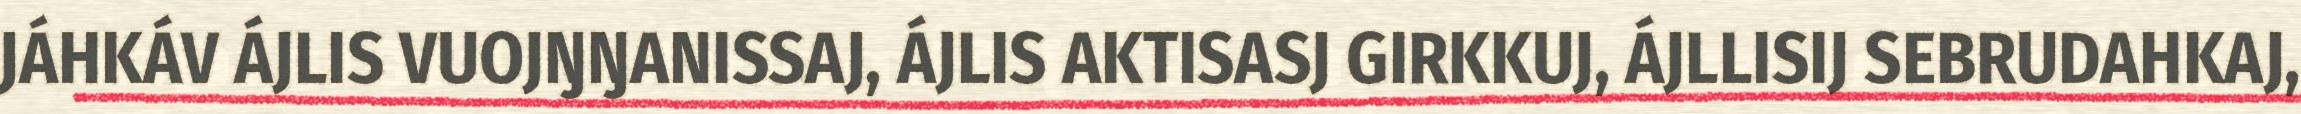
JÁHKÁV ÁJLIS VUOJŊŊANISSAJ, ÁJLIS AKTISASJ GIRKKUJ, ÁJLLISIJ SEBRUDAHKAJ,